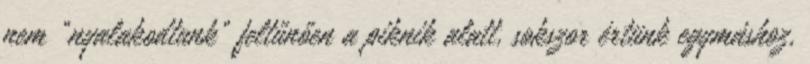
nem "nyalakodtunk" feltűnően a piknik alatt, sokszor értünk egymáshoz,